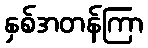
နှစ်အတန်ကြာ